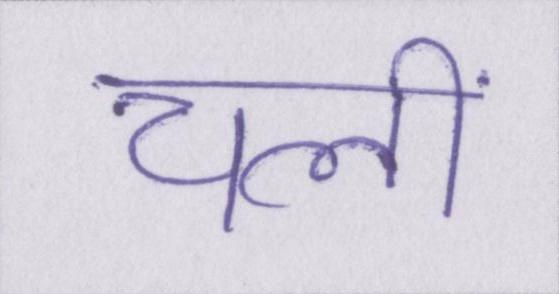
चलीं